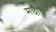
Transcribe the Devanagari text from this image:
मछीदा